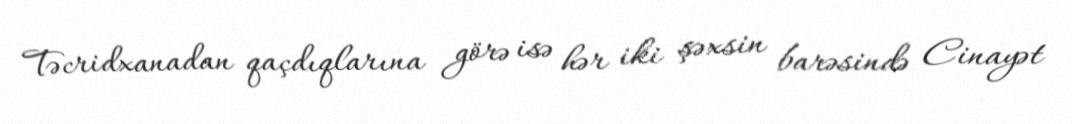
Təcridxanadan qaçdıqlarına görə isə hər iki şəxsin barəsində Cinayət